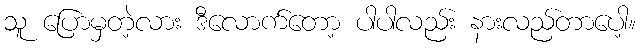
သူ ပြောမှတဲ့လား ဒီလောက်တော့ ပါပါလည်း နားလည်တာပေါ့။